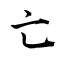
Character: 亡